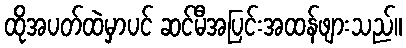
ထိုအပတ်ထဲမှာပင် ဆင်မီအပြင်းအထန်ဖျားသည်။